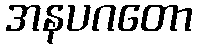
အနပဂတော